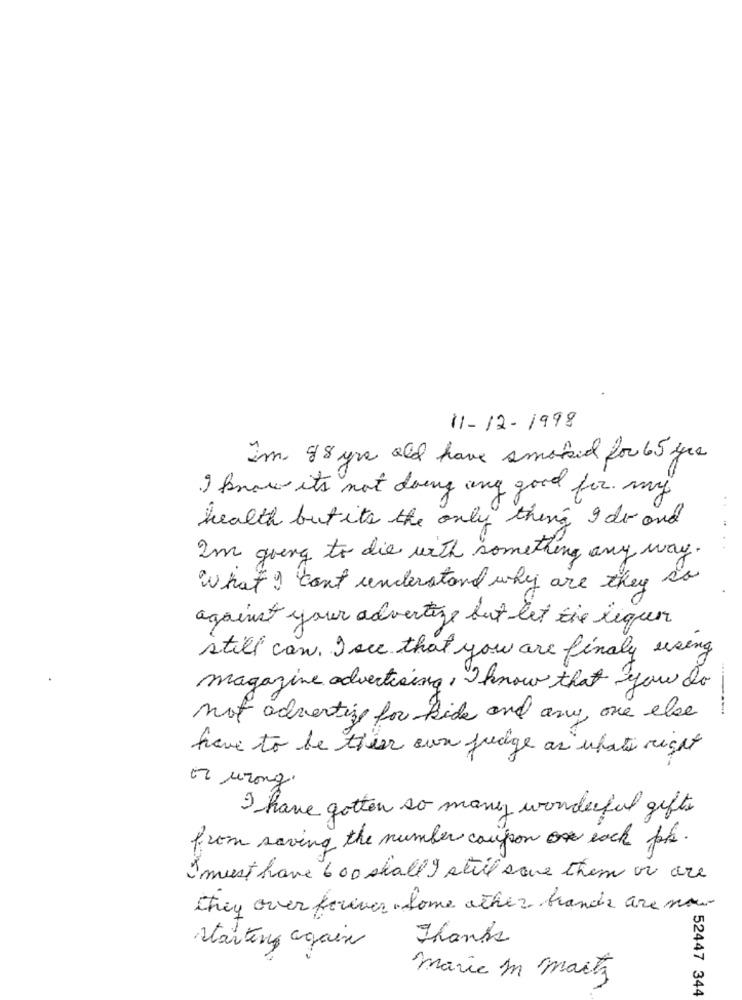
11- 12- 1998
im 88 yrs old have smoked for 65 yrs
I know it's not doing any good for my
health but it's the only thing I do and
I'm going to die with something any way.
What I can't understand why are they so
against your advertize but let tie liquen
still can. I see that you are finaly using
magazine advertising, Iknow that you do
mot advertize for kids and any one else
have to be thier own judge as what right
or wrong.
I have gotten so many wonderful gifts
from saving the number coupon each ph.
I must have 6 00 shall I still save them or are
they over forever . Some other brands are now
Thanks
starting again
maria In marta
52447 344